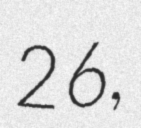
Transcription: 26,